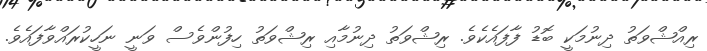
ރިއްޝްވަތު ދިނުމަކީ ބޮޑު ފާފައެކެވެ. ރިޝްވަތު ދިނުމާއި ރިޝްވަތު ހިފުންވެސް ވަނީ ނަހީކުރައްވާފައެވެ.